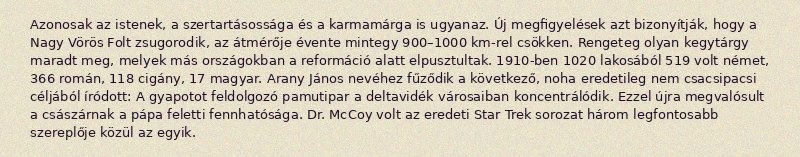
Azonosak az istenek, a szertartásossága és a karmamárga is ugyanaz. Új megfigyelések azt bizonyítják, hogy a Nagy Vörös Folt zsugorodik, az átmérője évente mintegy 900–1000 km-rel csökken. Rengeteg olyan kegytárgy maradt meg, melyek más országokban a reformáció alatt elpusztultak. 1910-ben 1020 lakosából 519 volt német, 366 román, 118 cigány, 17 magyar. Arany János nevéhez fűződik a következő, noha eredetileg nem csacsipacsi céljából íródott: A gyapotot feldolgozó pamutipar a deltavidék városaiban koncentrálódik. Ezzel újra megvalósult a császárnak a pápa feletti fennhatósága. Dr. McCoy volt az eredeti Star Trek sorozat három legfontosabb szereplője közül az egyik.